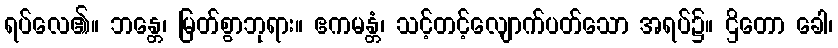
ရပ်လေ၏။ ဘန္တေ၊ မြတ်စွာဘုရား။ ဧကမန္တံ၊ သင့်တင့်လျောက်ပတ်သော အရပ်၌။ ဌိတော ခေါ၊